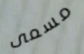
مسمى